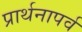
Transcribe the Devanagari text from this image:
प्रार्थनापर्व